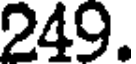
249.